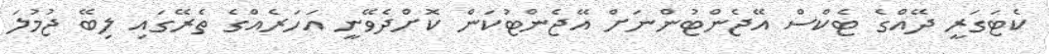
ކެޓަގަރީ ދޭއްގެ ޓެކްސް އޭޖެންޓުންނަށް އޭޖެންޓުކަން ކޮށްދެވޭނީ އަހަރެއްގެ ތެރޭގައި ލިބޭ ޖުމުލަ